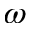
\omega